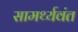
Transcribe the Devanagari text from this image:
सामर्थ्यवंत